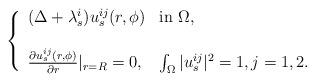
LaTeX: \begin{align*}\left\{ \begin{array}{ll}(\Delta+ \lambda_{s}^{i})u^{ij}_{s}(r,\phi)& \textrm{in $\Omega,$}\\\\\frac{\partial u^{ij}_{s}(r,\phi)}{\partial r}|_{r=R}=0, & \textrm{$\int_{\Omega} |u^{ij}_{s}|^{2}=1, j=1,2.$}\end{array} \right.\end{align*}